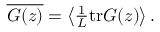
\begin{array} { r } { \overline { { G ( z ) } } = \left< \frac { 1 } { L } \mathrm { t r } G ( z ) \right> . } \end{array}